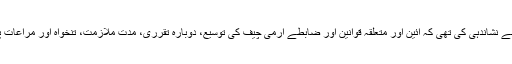
عدالت عظمیٰ نے نشاندہی کی تھی کہ آئین اور متعلقہ قوانین اور ضابطے آرمی چیف کی توسیع، دوبارہ تقرری، مدت ملازمت، تنخواہ اور مراعات پر خاموش ہیں۔